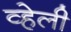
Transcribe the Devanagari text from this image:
व्हेली